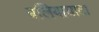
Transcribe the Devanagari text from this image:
बलियाघाटा